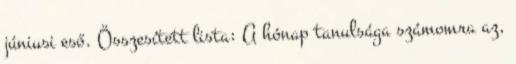
júniusi eső. Összesített lista: A hónap tanulsága számomra az,